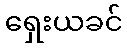
ရှေးယခင်